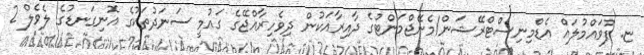
ޏ. ފުވައްމުލައް އެޑްމިނިސްޓްރޭޝަން/މެނޭޖްމަންޓުގެ ދާއިރާއަކުން ދިވެހިރާއްޖޭގެ ގައުމީ ސަނަދުތަކުގެ އޮނިގަނޑުގެ ލެވެލް 2